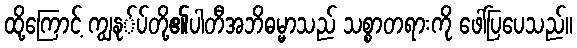
ထို့ကြောင့် ကျွနု်ပ်တို့၏ပါတီအဘိဓမ္မာသည် သစ္စာတရားကို ဖေါ်ပြပေသည်။